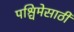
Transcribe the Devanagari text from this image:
पश्चिमेसाठी